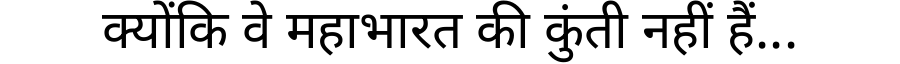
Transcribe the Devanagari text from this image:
क्योंकि वे महाभारत की कुंती नहीं हैं...